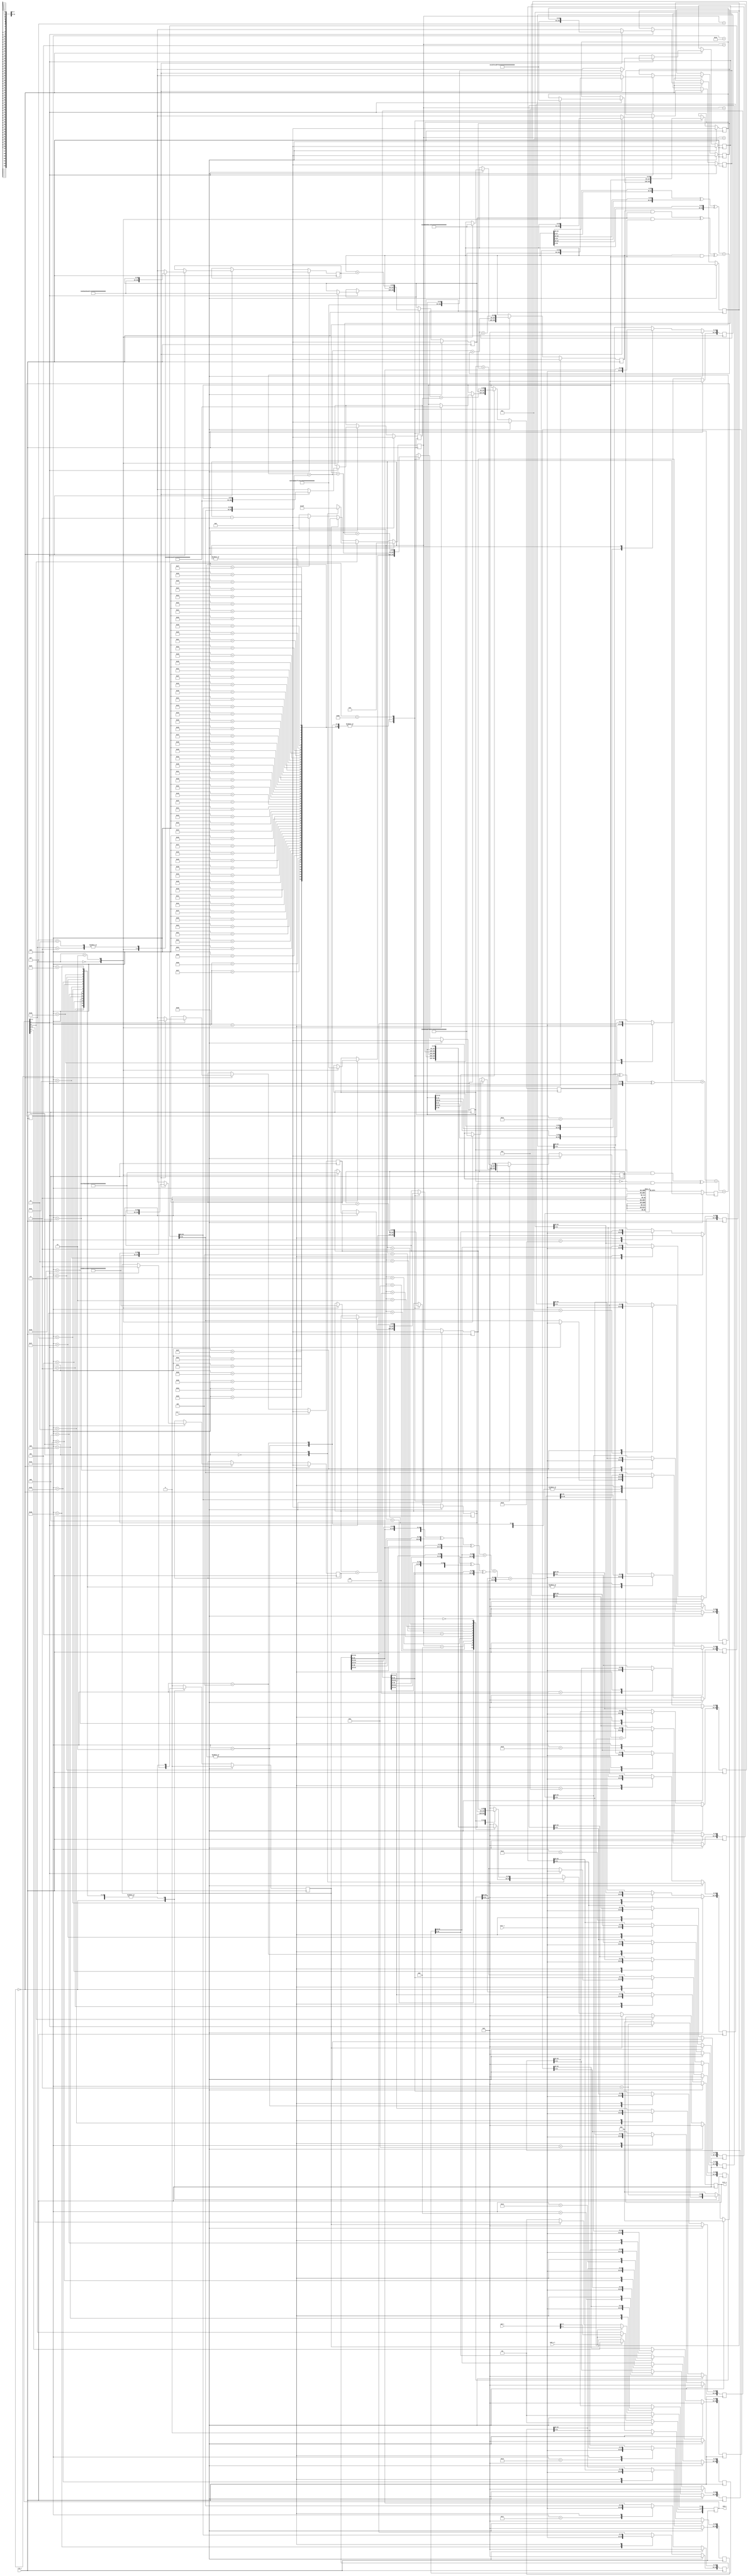
/////////////////////////////////////////////////////////////////////
////                                                             ////
////  SHA-512/384                                                ////
////  Secure Hash Algorithm (SHA-512 SHA-384)                    ////
////                                                             ////
////          marsgod@opencores.org                              ////
////                                                             ////
////                                                             ////
////  Downloaded from: http://www.opencores.org/cores/sha_core/  ////
////                                                             ////
/////////////////////////////////////////////////////////////////////
////                                                             ////
//// Copyright (C) 2000-2002 marsgod                             ////
////                         marsgod@opencores.org               ////
////                                                             ////
////                                                             ////
//// This source file may be used and distributed without        ////
//// restriction provided that this copyright statement is not   ////
//// removed from the file and that any derivative work contains ////
//// the original copyright notice and the associated disclaimer.////
////                                                             ////
////     THIS SOFTWARE IS PROVIDED ``AS IS'' AND WITHOUT ANY     ////
//// EXPRESS OR IMPLIED WARRANTIES, INCLUDING, BUT NOT LIMITED   ////
//// TO, THE IMPLIED WARRANTIES OF MERCHANTABILITY AND FITNESS   ////
//// FOR A PARTICULAR PURPOSE. IN NO EVENT SHALL THE AUTHOR      ////
//// OR CONTRIBUTORS BE LIABLE FOR ANY DIRECT, INDIRECT,         ////
//// INCIDENTAL, SPECIAL, EXEMPLARY, OR CONSEQUENTIAL DAMAGES    ////
//// (INCLUDING, BUT NOT LIMITED TO, PROCUREMENT OF SUBSTITUTE   ////
//// GOODS OR SERVICES; LOSS OF USE, DATA, OR PROFITS; OR        ////
//// BUSINESS INTERRUPTION) HOWEVER CAUSED AND ON ANY THEORY OF  ////
//// LIABILITY, WHETHER IN  CONTRACT, STRICT LIABILITY, OR TORT  ////
//// (INCLUDING NEGLIGENCE OR OTHERWISE) ARISING IN ANY WAY OUT  ////
//// OF THE USE OF THIS SOFTWARE, EVEN IF ADVISED OF THE         ////
//// POSSIBILITY OF SUCH DAMAGE.                                 ////
////                                                             ////
/////////////////////////////////////////////////////////////////////

`define SHA512_H0 64'h6a09e667_f3bcc908
`define SHA512_H1 64'hbb67ae85_84caa73b
`define SHA512_H2 64'h3c6ef372_fe94f82b
`define SHA512_H3 64'ha54ff53a_5f1d36f1
`define SHA512_H4 64'h510e527f_ade682d1
`define SHA512_H5 64'h9b05688c_2b3e6c1f
`define SHA512_H6 64'h1f83d9ab_fb41bd6b
`define SHA512_H7 64'h5be0cd19_137e2179

`define SHA384_H0 64'hcbbb9d5d_c1059ed8
`define SHA384_H1 64'h629a292a_367cd507
`define SHA384_H2 64'h9159015a_3070dd17
`define SHA384_H3 64'h152fecd8_f70e5939
`define SHA384_H4 64'h67332667_ffc00b31
`define SHA384_H5 64'h8eb44a87_68581511
`define SHA384_H6 64'hdb0c2e0d_64f98fa7
`define SHA384_H7 64'h47b5481d_befa4fa4

`define K00 64'h428a2f98_d728ae22
`define K01 64'h71374491_23ef65cd
`define K02 64'hb5c0fbcf_ec4d3b2f
`define K03 64'he9b5dba5_8189dbbc
`define K04 64'h3956c25b_f348b538
`define K05 64'h59f111f1_b605d019
`define K06 64'h923f82a4_af194f9b
`define K07 64'hab1c5ed5_da6d8118
`define K08 64'hd807aa98_a3030242
`define K09 64'h12835b01_45706fbe
`define K10 64'h243185be_4ee4b28c
`define K11 64'h550c7dc3_d5ffb4e2
`define K12 64'h72be5d74_f27b896f
`define K13 64'h80deb1fe_3b1696b1
`define K14 64'h9bdc06a7_25c71235
`define K15 64'hc19bf174_cf692694
`define K16 64'he49b69c1_9ef14ad2
`define K17 64'hefbe4786_384f25e3
`define K18 64'h0fc19dc6_8b8cd5b5
`define K19 64'h240ca1cc_77ac9c65
`define K20 64'h2de92c6f_592b0275
`define K21 64'h4a7484aa_6ea6e483
`define K22 64'h5cb0a9dc_bd41fbd4
`define K23 64'h76f988da_831153b5
`define K24 64'h983e5152_ee66dfab
`define K25 64'ha831c66d_2db43210
`define K26 64'hb00327c8_98fb213f
`define K27 64'hbf597fc7_beef0ee4
`define K28 64'hc6e00bf3_3da88fc2
`define K29 64'hd5a79147_930aa725
`define K30 64'h06ca6351_e003826f
`define K31 64'h14292967_0a0e6e70
`define K32 64'h27b70a85_46d22ffc
`define K33 64'h2e1b2138_5c26c926
`define K34 64'h4d2c6dfc_5ac42aed
`define K35 64'h53380d13_9d95b3df
`define K36 64'h650a7354_8baf63de
`define K37 64'h766a0abb_3c77b2a8
`define K38 64'h81c2c92e_47edaee6
`define K39 64'h92722c85_1482353b
`define K40 64'ha2bfe8a1_4cf10364
`define K41 64'ha81a664b_bc423001
`define K42 64'hc24b8b70_d0f89791
`define K43 64'hc76c51a3_0654be30
`define K44 64'hd192e819_d6ef5218
`define K45 64'hd6990624_5565a910
`define K46 64'hf40e3585_5771202a
`define K47 64'h106aa070_32bbd1b8
`define K48 64'h19a4c116_b8d2d0c8
`define K49 64'h1e376c08_5141ab53
`define K50 64'h2748774c_df8eeb99
`define K51 64'h34b0bcb5_e19b48a8
`define K52 64'h391c0cb3_c5c95a63
`define K53 64'h4ed8aa4a_e3418acb
`define K54 64'h5b9cca4f_7763e373
`define K55 64'h682e6ff3_d6b2b8a3
`define K56 64'h748f82ee_5defb2fc
`define K57 64'h78a5636f_43172f60
`define K58 64'h84c87814_a1f0ab72
`define K59 64'h8cc70208_1a6439ec
`define K60 64'h90befffa_23631e28
`define K61 64'ha4506ceb_de82bde9
`define K62 64'hbef9a3f7_b2c67915
`define K63 64'hc67178f2_e372532b
`define K64 64'hca273ece_ea26619c
`define K65 64'hd186b8c7_21c0c207
`define K66 64'heada7dd6_cde0eb1e
`define K67 64'hf57d4f7f_ee6ed178
`define K68 64'h06f067aa_72176fba
`define K69 64'h0a637dc5_a2c898a6
`define K70 64'h113f9804_bef90dae
`define K71 64'h1b710b35_131c471b
`define K72 64'h28db77f5_23047d84
`define K73 64'h32caab7b_40c72493
`define K74 64'h3c9ebe0a_15c9bebc
`define K75 64'h431d67c4_9c100d4c
`define K76 64'h4cc5d4be_cb3e42b6
`define K77 64'h597f299c_fc657e2a
`define K78 64'h5fcb6fab_3ad6faec
`define K79 64'h6c44198c_4a475817

module sha512 (clk_i, rst_i, text_i, text_o, cmd_i, cmd_w_i, cmd_o);

        input           clk_i;  // global clock input
        input           rst_i;  // global reset input , active high
        
        input   [31:0]  text_i; // text input 32bit
        output  [31:0]  text_o; // text output 32bit
        
        input   [3:0]   cmd_i;  // command input
        input           cmd_w_i;// command input write enable
        output  [4:0]   cmd_o;  // command output(status)

        /*
                cmd
                Busy S1 S0 Round W R

                bit4 bit3 bit2  bit1 bit0
                Busy S    Round W    R
                
                Busy:
                0       idle
                1       busy
                
                S:
                0       sha-384
                1       sha-512
                
                Round:
                0       first round
                1       internal round
                
                W:
                0       No-op
                1       write data
                
                R:
                0       No-op
                1       read data
                        
        */
        

        reg     [4:0]   cmd;
        wire    [4:0]   cmd_o;
        
        reg     [31:0]  text_o;
        
        reg     [6:0]   round;
        wire    [6:0]   round_plus_1;
        
        reg     [4:0]   read_counter;
        
        reg     [63:0]  H0,H1,H2,H3,H4,H5,H6,H7;
        reg     [63:0]  W0,W1,W2,W3,W4,W5,W6,W7,W8,W9,W10,W11,W12,W13,W14;
        reg     [63:0]  Wt,Kt;
        reg     [63:0]  A,B,C,D,E,F,G,H;

        reg             busy;
        
        assign cmd_o = cmd;
        always @ (posedge clk_i)
        begin
                if (rst_i)
                        cmd <= 'b0;
                else
                if (cmd_w_i)
                        cmd[3:0] <= cmd_i[3:0];         // busy bit can't write
                else
                begin
                        cmd[4] <= busy;                 // update busy bit
                        if (~busy)
                                cmd[1:0] <= 2'b00;      // hardware auto clean R/W bits
                end
        end
        
        wire [63:0] f1_EFG_64,f2_ABC_64,f3_A_64,f4_E_64,f5_W1_64,f6_W14_64,T1_64,T2_64;
        wire [63:0] W1_swap,W14_swap,Wt_64_swap;
        wire [63:0] next_Wt,next_E,next_A;
        wire [383:0] SHA384_result;
        wire [511:0] SHA512_result;
        
        assign f1_EFG_64 = (E & F) ^ (~E & G);

        assign f2_ABC_64 = (A & B) ^ (B & C) ^ (A & C);
        
        assign f3_A_64 = {A[27:0],A[63:28]} ^ {A[33:0],A[63:34]} ^ {A[38:0],A[63:39]};
        
        assign f4_E_64 = {E[13:0],E[63:14]} ^ {E[17:0],E[63:18]} ^ {E[40:0],E[63:41]};
        
        assign W1_swap = {W1[31:0],W1[63:32]};
        assign f5_W1_64 = {W1_swap[0],W1_swap[63:1]} ^ {W1_swap[7:0],W1_swap[63:8]} ^ {7'b000_0000,W1_swap[63:7]};
        
        assign W14_swap = {W14[31:0],W14[63:32]};
        assign f6_W14_64 = {W14_swap[18:0],W14_swap[63:19]} ^ {W14_swap[60:0],W14_swap[63:61]} ^ {6'b00_0000,W14_swap[63:6]};
        
        assign Wt_64_swap = f6_W14_64 + {W9[31:0],W9[63:32]} + f5_W1_64 + {W0[31:0],W0[63:32]};
        
        assign T1_64 = H[63:0] + f4_E_64 + f1_EFG_64 + Kt[63:0] + {Wt[31:0],Wt[63:32]};
        
        assign T2_64 = f3_A_64 + f2_ABC_64;
        
        assign next_Wt = {Wt_64_swap[31:0],Wt_64_swap[63:32]};
        assign next_E = D[63:0] + T1_64;
        assign next_A = T1_64 + T2_64;
        
        
        assign SHA384_result = {A,B,C,D,E,F};
        assign SHA512_result = {A,B,C,D,E,F,G,H};
        
        assign round_plus_1 = round + 1;
        
        //------------------------------------------------------------------    
        // SHA round
        //------------------------------------------------------------------
        always @(posedge clk_i)
        begin
                if (rst_i)
                begin
                        round <= 'd0;
                        busy <= 'b0;

                        W0  <= 'b0;
                        W1  <= 'b0;
                        W2  <= 'b0;
                        W3  <= 'b0;
                        W4  <= 'b0;
                        W5  <= 'b0;
                        W6  <= 'b0;
                        W7  <= 'b0;
                        W8  <= 'b0;
                        W9  <= 'b0;
                        W10 <= 'b0;
                        W11 <= 'b0;
                        W12 <= 'b0;
                        W13 <= 'b0;
                        W14 <= 'b0;
                        Wt  <= 'b0;
                        
                        A <= 'b0;
                        B <= 'b0;
                        C <= 'b0;
                        D <= 'b0;
                        E <= 'b0;
                        F <= 'b0;
                        G <= 'b0;
                        H <= 'b0;

                        H0 <= 'b0;
                        H1 <= 'b0;
                        H2 <= 'b0;
                        H3 <= 'b0;
                        H4 <= 'b0;
                        H5 <= 'b0;
                        H6 <= 'b0;
                        H7 <= 'b0;
                end
                else
                begin
                        case (round)
                        
                        'd0:
                                begin
                                        if (cmd[1])
                                        begin
                                                W0[31:0] <= text_i;
                                                Wt[31:0] <= text_i;
                                                busy <= 'b1;
                                                round <= round_plus_1;
                                                
                                                case (cmd[3:2])
                                                        2'b00:  // sha-384 first message
                                                                begin
                                                                        A <= `SHA384_H0;
                                                                        B <= `SHA384_H1;
                                                                        C <= `SHA384_H2;
                                                                        D <= `SHA384_H3;
                                                                        E <= `SHA384_H4;
                                                                        F <= `SHA384_H5;
                                                                        G <= `SHA384_H6;
                                                                        H <= `SHA384_H7;

                                                                        H0 <= `SHA384_H0;
                                                                        H1 <= `SHA384_H1;
                                                                        H2 <= `SHA384_H2;
                                                                        H3 <= `SHA384_H3;
                                                                        H4 <= `SHA384_H4;
                                                                        H5 <= `SHA384_H5;
                                                                        H6 <= `SHA384_H6;
                                                                        H7 <= `SHA384_H7;
                                                                end
                                                        2'b01:  // sha-384 internal message
                                                                begin
                                                                        H0 <= A;
                                                                        H1 <= B;
                                                                        H2 <= C;
                                                                        H3 <= D;
                                                                        H4 <= E;
                                                                        H5 <= F;
                                                                        H6 <= G;
                                                                        H7 <= H;
                                                                end
                                                        2'b10:  // sha-512 first message
                                                                begin
                                                                        A <= `SHA512_H0;
                                                                        B <= `SHA512_H1;
                                                                        C <= `SHA512_H2;
                                                                        D <= `SHA512_H3;
                                                                        E <= `SHA512_H4;
                                                                        F <= `SHA512_H5;
                                                                        G <= `SHA512_H6;
                                                                        H <= `SHA512_H7;

                                                                        H0 <= `SHA512_H0;
                                                                        H1 <= `SHA512_H1;
                                                                        H2 <= `SHA512_H2;
                                                                        H3 <= `SHA512_H3;
                                                                        H4 <= `SHA512_H4;
                                                                        H5 <= `SHA512_H5;
                                                                        H6 <= `SHA512_H6;
                                                                        H7 <= `SHA512_H7;
                                                                end
                                                        2'b11:  // sha-512 internal message
                                                                begin
                                                                        H0 <= A;
                                                                        H1 <= B;
                                                                        H2 <= C;
                                                                        H3 <= D;
                                                                        H4 <= E;
                                                                        H5 <= F;
                                                                        H6 <= G;
                                                                        H7 <= H;
                                                                end
                                                endcase
                                        end
                                        else
                                        begin   // IDLE
                                                round <= 'd0;
                                        end
                                end
                        'd1:
                                begin
                                        W0[63:32] <= text_i;
                                        Wt[63:32] <= text_i;
                                        round <= round_plus_1;
                                end
                        'd2:
                                begin
                                        W1[31:0] <= text_i;
                                        Wt[31:0] <= text_i;
                                        
                                        H <= G;
                                        G <= F;
                                        F <= E;
                                        E <= next_E;
                                        D <= C;
                                        C <= B;
                                        B <= A;
                                        A <= next_A;

                                        round <= round_plus_1;
                                end
                        'd3:
                                begin
                                        W1[63:32] <= text_i;
                                        Wt[63:32] <= text_i;
                                        round <= round_plus_1;
                                end
                        'd4:
                                begin
                                        W2[31:0] <= text_i;
                                        Wt[31:0] <= text_i;
                                        
                                        H <= G;
                                        G <= F;
                                        F <= E;
                                        E <= next_E;
                                        D <= C;
                                        C <= B;
                                        B <= A;
                                        A <= next_A;

                                        round <= round_plus_1;
                                end
                        'd5:
                                begin
                                        W2[63:32] <= text_i;
                                        Wt[63:32] <= text_i;
                                        round <= round_plus_1;
                                end
                        'd6:
                                begin
                                        W3[31:0] <= text_i;
                                        Wt[31:0] <= text_i;
                                        
                                        H <= G;
                                        G <= F;
                                        F <= E;
                                        E <= next_E;
                                        D <= C;
                                        C <= B;
                                        B <= A;
                                        A <= next_A;

                                        round <= round_plus_1;
                                end
                        'd7:
                                begin
                                        W3[63:32] <= text_i;
                                        Wt[63:32] <= text_i;
                                        round <= round_plus_1;
                                end
                        'd8:
                                begin
                                        W4[31:0] <= text_i;
                                        Wt[31:0] <= text_i;
                                        
                                        H <= G;
                                        G <= F;
                                        F <= E;
                                        E <= next_E;
                                        D <= C;
                                        C <= B;
                                        B <= A;
                                        A <= next_A;

                                        round <= round_plus_1;
                                end
                        'd9:
                                begin
                                        W4[63:32] <= text_i;
                                        Wt[63:32] <= text_i;
                                        round <= round_plus_1;
                                end
                        'd10:
                                begin
                                        W5[31:0] <= text_i;
                                        Wt[31:0] <= text_i;
                                        
                                        H <= G;
                                        G <= F;
                                        F <= E;
                                        E <= next_E;
                                        D <= C;
                                        C <= B;
                                        B <= A;
                                        A <= next_A;

                                        round <= round_plus_1;
                                end
                        'd11:
                                begin
                                        W5[63:32] <= text_i;
                                        Wt[63:32] <= text_i;
                                        round <= round_plus_1;
                                end
                        'd12:
                                begin
                                        W6[31:0] <= text_i;
                                        Wt[31:0] <= text_i;
                                        
                                        H <= G;
                                        G <= F;
                                        F <= E;
                                        E <= next_E;
                                        D <= C;
                                        C <= B;
                                        B <= A;
                                        A <= next_A;

                                        round <= round_plus_1;
                                end
                        'd13:
                                begin
                                        W6[63:32] <= text_i;
                                        Wt[63:32] <= text_i;
                                        round <= round_plus_1;
                                end
                        'd14:
                                begin
                                        W7[31:0] <= text_i;
                                        Wt[31:0] <= text_i;
                                        
                                        H <= G;
                                        G <= F;
                                        F <= E;
                                        E <= next_E;
                                        D <= C;
                                        C <= B;
                                        B <= A;
                                        A <= next_A;

                                        round <= round_plus_1;
                                end
                        'd15:
                                begin
                                        W7[63:32] <= text_i;
                                        Wt[63:32] <= text_i;
                                        round <= round_plus_1;
                                end
                        'd16:
                                begin
                                        W8[31:0] <= text_i;
                                        Wt[31:0] <= text_i;
                                        
                                        H <= G;
                                        G <= F;
                                        F <= E;
                                        E <= next_E;
                                        D <= C;
                                        C <= B;
                                        B <= A;
                                        A <= next_A;

                                        round <= round_plus_1;
                                end
                        'd17:
                                begin
                                        W8[63:32] <= text_i;
                                        Wt[63:32] <= text_i;
                                        round <= round_plus_1;
                                end
                        'd18:
                                begin
                                        W9[31:0] <= text_i;
                                        Wt[31:0] <= text_i;
                                        
                                        H <= G;
                                        G <= F;
                                        F <= E;
                                        E <= next_E;
                                        D <= C;
                                        C <= B;
                                        B <= A;
                                        A <= next_A;

                                        round <= round_plus_1;
                                end
                        'd19:
                                begin
                                        W9[63:32] <= text_i;
                                        Wt[63:32] <= text_i;
                                        round <= round_plus_1;
                                end
                        'd20:
                                begin
                                        W10[31:0] <= text_i;
                                        Wt[31:0] <= text_i;
                                        
                                        H <= G;
                                        G <= F;
                                        F <= E;
                                        E <= next_E;
                                        D <= C;
                                        C <= B;
                                        B <= A;
                                        A <= next_A;

                                        round <= round_plus_1;
                                end
                        'd21:
                                begin
                                        W10[63:32] <= text_i;
                                        Wt[63:32] <= text_i;
                                        round <= round_plus_1;
                                end
                        'd22:
                                begin
                                        W11[31:0] <= text_i;
                                        Wt[31:0] <= text_i;
                                        
                                        H <= G;
                                        G <= F;
                                        F <= E;
                                        E <= next_E;
                                        D <= C;
                                        C <= B;
                                        B <= A;
                                        A <= next_A;

                                        round <= round_plus_1;
                                end
                        'd23:
                                begin
                                        W11[63:32] <= text_i;
                                        Wt[63:32] <= text_i;
                                        round <= round_plus_1;
                                end
                        'd24:
                                begin
                                        W12[31:0] <= text_i;
                                        Wt[31:0] <= text_i;
                                        
                                        H <= G;
                                        G <= F;
                                        F <= E;
                                        E <= next_E;
                                        D <= C;
                                        C <= B;
                                        B <= A;
                                        A <= next_A;

                                        round <= round_plus_1;
                                end
                        'd25:
                                begin
                                        W12[63:32] <= text_i;
                                        Wt[63:32] <= text_i;
                                        round <= round_plus_1;
                                end
                        'd26:
                                begin
                                        W13[31:0] <= text_i;
                                        Wt[31:0] <= text_i;
                                        
                                        H <= G;
                                        G <= F;
                                        F <= E;
                                        E <= next_E;
                                        D <= C;
                                        C <= B;
                                        B <= A;
                                        A <= next_A;

                                        round <= round_plus_1;
                                end
                        'd27:
                                begin
                                        W13[63:32] <= text_i;
                                        Wt[63:32] <= text_i;
                                        round <= round_plus_1;
                                end
                        'd28:
                                begin
                                        W14[31:0] <= text_i;
                                        Wt[31:0] <= text_i;
                                        
                                        H <= G;
                                        G <= F;
                                        F <= E;
                                        E <= next_E;
                                        D <= C;
                                        C <= B;
                                        B <= A;
                                        A <= next_A;

                                        round <= round_plus_1;
                                end
                        'd29:
                                begin
                                        W14[63:32] <= text_i;
                                        Wt[63:32] <= text_i;
                                        round <= round_plus_1;
                                end
                        'd30:
                                begin
                                        Wt[31:0] <= text_i;
                                        
                                        H <= G;
                                        G <= F;
                                        F <= E;
                                        E <= next_E;
                                        D <= C;
                                        C <= B;
                                        B <= A;
                                        A <= next_A;

                                        round <= round_plus_1;
                                end
                        'd31:
                                begin
                                        Wt[63:32] <= text_i;
                                        round <= round_plus_1;
                                end
                        'd32,
                        'd33,
                        'd34,
                        'd35,
                        'd36,
                        'd37,
                        'd38,
                        'd39,
                        'd40,
                        'd41,
                        'd42,
                        'd43,
                        'd44,
                        'd45,
                        'd46,
                        'd47,
                        'd48,
                        'd49,
                        'd50,
                        'd51,
                        'd52,
                        'd53,
                        'd54,
                        'd55,
                        'd56,
                        'd57,
                        'd58,
                        'd59,
                        'd60,
                        'd61,
                        'd62,
                        'd63,
                        'd64,
                        'd65,
                        'd66,
                        'd67,
                        'd68,
                        'd69,
                        'd70,
                        'd71,
                        'd72,
                        'd73,
                        'd74,
                        'd75,
                        'd76,
                        'd77,
                        'd78,
                        'd79,
                        'd80,
                        'd81,
                        'd82,
                        'd83,
                        'd84,
                        'd85,
                        'd86,
                        'd87,
                        'd88,
                        'd89,
                        'd90,
                        'd91,
                        'd92,
                        'd93,
                        'd94,
                        'd95:
                                begin
                                        W0  <= W1;
                                        W1  <= W2;
                                        W2  <= W3;
                                        W3  <= W4;
                                        W4  <= W5;
                                        W5  <= W6;
                                        W6  <= W7;
                                        W7  <= W8;
                                        W8  <= W9;
                                        W9  <= W10;
                                        W10 <= W11;
                                        W11 <= W12;
                                        W12 <= W13;
                                        W13 <= W14;
                                        W14 <= Wt;
                                        Wt  <= next_Wt;
                                        
                                        H <= G;
                                        G <= F;
                                        F <= E;
                                        E <= next_E;
                                        D <= C;
                                        C <= B;
                                        B <= A;
                                        A <= next_A;
                                                
                                        round <= round_plus_1;
                                end
                        'd96:
                                begin
                                        A <= next_A + H0;
                                        B <= A + H1;
                                        C <= B + H2;
                                        D <= C + H3;
                                        E <= next_E + H4;
                                        F <= E + H5;
                                        G <= F + H6;
                                        H <= G + H7;
                                        round <= 'd0;
                                        busy <= 'b0;
                                end
                        default:
                                begin
                                        round <= 'd0;
                                        busy <= 'b0;
                                end
                        endcase
                end     
        end 
        
        
        //------------------------------------------------------------------    
        // Kt generator
        //------------------------------------------------------------------    
        always @ (posedge clk_i)
        begin
                if (rst_i)
                begin
                        Kt <= 'b0;
                end
                else
                begin
                        case (round)
                                'd00:   Kt <= `K00;
                                'd01:   Kt <= `K00;
                                'd02:   Kt <= `K01;
                                'd03:   Kt <= `K01;
                                'd04:   Kt <= `K02;
                                'd05:   Kt <= `K02;
                                'd06:   Kt <= `K03;
                                'd07:   Kt <= `K03;
                                'd08:   Kt <= `K04;
                                'd09:   Kt <= `K04;
                                'd10:   Kt <= `K05;
                                'd11:   Kt <= `K05;
                                'd12:   Kt <= `K06;
                                'd13:   Kt <= `K06;
                                'd14:   Kt <= `K07;
                                'd15:   Kt <= `K07;
                                'd16:   Kt <= `K08;
                                'd17:   Kt <= `K08;
                                'd18:   Kt <= `K09;
                                'd19:   Kt <= `K09;
                                'd20:   Kt <= `K10;
                                'd21:   Kt <= `K10;
                                'd22:   Kt <= `K11;
                                'd23:   Kt <= `K11;
                                'd24:   Kt <= `K12;
                                'd25:   Kt <= `K12;
                                'd26:   Kt <= `K13;
                                'd27:   Kt <= `K13;
                                'd28:   Kt <= `K14;
                                'd29:   Kt <= `K14;
                                'd30:   Kt <= `K15;
                                'd31:   Kt <= `K15;
                                'd32:   Kt <= `K16;
                                'd33:   Kt <= `K17;
                                'd34:   Kt <= `K18;
                                'd35:   Kt <= `K19;
                                'd36:   Kt <= `K20;
                                'd37:   Kt <= `K21;
                                'd38:   Kt <= `K22;
                                'd39:   Kt <= `K23;
                                'd40:   Kt <= `K24;
                                'd41:   Kt <= `K25;
                                'd42:   Kt <= `K26;
                                'd43:   Kt <= `K27;
                                'd44:   Kt <= `K28;
                                'd45:   Kt <= `K29;
                                'd46:   Kt <= `K30;
                                'd47:   Kt <= `K31;
                                'd48:   Kt <= `K32;
                                'd49:   Kt <= `K33;
                                'd50:   Kt <= `K34;
                                'd51:   Kt <= `K35;
                                'd52:   Kt <= `K36;
                                'd53:   Kt <= `K37;
                                'd54:   Kt <= `K38;
                                'd55:   Kt <= `K39;
                                'd56:   Kt <= `K40;
                                'd57:   Kt <= `K41;
                                'd58:   Kt <= `K42;
                                'd59:   Kt <= `K43;
                                'd60:   Kt <= `K44;
                                'd61:   Kt <= `K45;
                                'd62:   Kt <= `K46;
                                'd63:   Kt <= `K47;
                                'd64:   Kt <= `K48;
                                'd65:   Kt <= `K49;
                                'd66:   Kt <= `K50;
                                'd67:   Kt <= `K51;
                                'd68:   Kt <= `K52;
                                'd69:   Kt <= `K53;
                                'd70:   Kt <= `K54;
                                'd71:   Kt <= `K55;
                                'd72:   Kt <= `K56;
                                'd73:   Kt <= `K57;
                                'd74:   Kt <= `K58;
                                'd75:   Kt <= `K59;
                                'd76:   Kt <= `K60;
                                'd77:   Kt <= `K61;
                                'd78:   Kt <= `K62;
                                'd79:   Kt <= `K63;
                                'd80:   Kt <= `K64;
                                'd81:   Kt <= `K65;
                                'd82:   Kt <= `K66;
                                'd83:   Kt <= `K67;
                                'd84:   Kt <= `K68;
                                'd85:   Kt <= `K69;
                                'd86:   Kt <= `K70;
                                'd87:   Kt <= `K71;
                                'd88:   Kt <= `K72;
                                'd89:   Kt <= `K73;
                                'd90:   Kt <= `K74;
                                'd91:   Kt <= `K75;
                                'd92:   Kt <= `K76;
                                'd93:   Kt <= `K77;
                                'd94:   Kt <= `K78;
                                'd95:   Kt <= `K79;
                                default:Kt <= 'd0;
                        endcase
                end
        end

        //------------------------------------------------------------------    
        // read result 
        //------------------------------------------------------------------    
        always @ (posedge clk_i)
        begin
                if (rst_i)
                begin
                        text_o <= 'b0;
                        read_counter <= 'b0;
                end
                else
                begin
                        if (cmd[0])
                        begin
                                case (cmd[3])
                                        1'b0:   read_counter <= 'd11;   // sha-384      384/32=12
                                        1'b1:   read_counter <= 'd15;   // sha-512      512/32=16
                                endcase
                        end
                        else
                        begin
                        if (~busy)
                        begin
                                case (cmd[3])
                                        1'b0:
                                                begin
                                                        case (read_counter)
                                                                'd11:   text_o <= SHA384_result[12*32-1:11*32];
                                                                'd10:   text_o <= SHA384_result[11*32-1:10*32];
                                                                'd09:   text_o <= SHA384_result[10*32-1:09*32];
                                                                'd08:   text_o <= SHA384_result[09*32-1:08*32];
                                                                'd07:   text_o <= SHA384_result[08*32-1:07*32];
                                                                'd06:   text_o <= SHA384_result[07*32-1:06*32];
                                                                'd05:   text_o <= SHA384_result[06*32-1:05*32];
                                                                'd04:   text_o <= SHA384_result[05*32-1:04*32];
                                                                'd03:   text_o <= SHA384_result[04*32-1:03*32];
                                                                'd02:   text_o <= SHA384_result[03*32-1:02*32];
                                                                'd01:   text_o <= SHA384_result[02*32-1:01*32];
                                                                'd00:   text_o <= SHA384_result[01*32-1:00*32];
                                                                default:text_o <= 'b0;
                                                        endcase
                                                end
                                        1'b1:
                                                begin
                                                        case (read_counter)
                                                                'd15:   text_o <= SHA512_result[16*32-1:15*32];
                                                                'd14:   text_o <= SHA512_result[15*32-1:14*32];
                                                                'd13:   text_o <= SHA512_result[14*32-1:13*32];
                                                                'd12:   text_o <= SHA512_result[13*32-1:12*32];
                                                                'd11:   text_o <= SHA512_result[12*32-1:11*32];
                                                                'd10:   text_o <= SHA512_result[11*32-1:10*32];
                                                                'd09:   text_o <= SHA512_result[10*32-1:09*32];
                                                                'd08:   text_o <= SHA512_result[09*32-1:08*32];
                                                                'd07:   text_o <= SHA512_result[08*32-1:07*32];
                                                                'd06:   text_o <= SHA512_result[07*32-1:06*32];
                                                                'd05:   text_o <= SHA512_result[06*32-1:05*32];
                                                                'd04:   text_o <= SHA512_result[05*32-1:04*32];
                                                                'd03:   text_o <= SHA512_result[04*32-1:03*32];
                                                                'd02:   text_o <= SHA512_result[03*32-1:02*32];
                                                                'd01:   text_o <= SHA512_result[02*32-1:01*32];
                                                                'd00:   text_o <= SHA512_result[01*32-1:00*32];
                                                                default:text_o <= 'b0;
                                                        endcase
                                                end
                                endcase
                                if (|read_counter)
                                        read_counter <= read_counter - 'd1;
                        end
                        else
                        begin
                                text_o <= 'b0;
                        end
                        end
                end
        end
        
endmodule